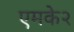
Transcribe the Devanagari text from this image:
एमके२